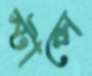
স্টান্সে